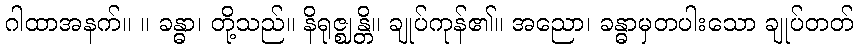
ဂါထာအနက်။ ။ ခန္ဓာ၊ တို့သည်။ နိရုဇ္ဈန္တိ။ ချုပ်ကုန်၏။ အညော၊ ခန္ဓာမှတပါးသော ချုပ်တတ်